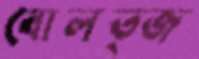
বোলত্জ